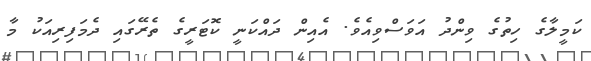
ކަމީލާގެ ހިތުގެ ވިންދު އަވަސްވިއެވެ. އެއިން ދައްކަނީ ކޮޓަރީގެ ތެރޭގައި ދެމަފިރިއަކު މާ